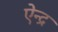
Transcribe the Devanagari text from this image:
ऐन्‍द्र